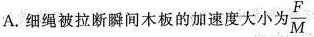
A.细绳被拉断瞬间木板的加速度大小为 \frac{F}{M}